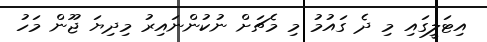
އިޓަލީގައި މި ދެ ގައުމު މި މެޗަށް ނުކުންނައިރު މިދިޔަ ޖޫން މަހު